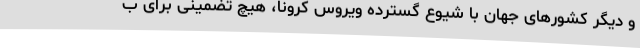
و دیگر کشورهای جهان با شیوع گسترده ویروس کرونا، هیچ تضمینی برای ب